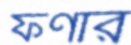
ফণার